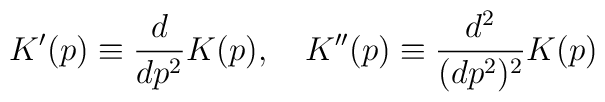
K'(p) \equiv \frac{d}{dp^2} K(p),\quad K'' (p) \equiv \frac{d^2}{(dp^2)^2} K(p)